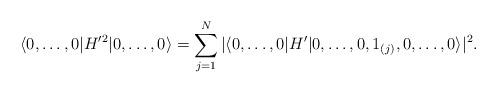
LaTeX: \begin{align*}\langle0,\ldots,0\vert H'^2\vert0,\ldots,0\rangle=\sum_{j=1}^N\vert\langle0,\ldots,0\vert H'\vert0,\ldots,0,1_{(j)},0, \ldots,0\rangle\vert^2. \end{align*}